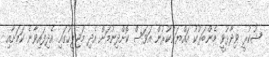
ޝުކުރީ ވިދާޅުވީ މެންބަރުކު އައްޔަންކުރުން އަވަސް ކޮށްދިނުމަށް އެދި މަޖިލީހުގައި އެދިފައިވާނެ ކަމަށާއި